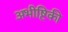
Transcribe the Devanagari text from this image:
अभीष्टिकी